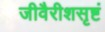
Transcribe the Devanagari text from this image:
जीवैरीशसृष्टं